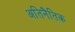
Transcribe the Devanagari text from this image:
अतिनैतिक